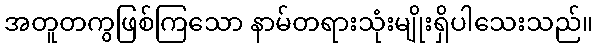
အတူတကွဖြစ်ကြသော နာမ်တရားသုံးမျိုးရှိပါသေးသည်။